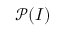
\mathcal { P } ( I )